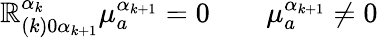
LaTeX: \mathbb{R}_{(k)0\alpha_{k+1}}^{\alpha_{k}}\mu_{a}^{\alpha_{k+1}}=0\qquad\mu_{a}^{\alpha_{k+1}}\neq0